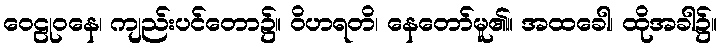
ဝေဠုဝနေ၊ ကျည်းပင်တော၌။ ဝိဟရတိ၊ နေတော်မူ၏။ အထခေါ၊ ထိုအခါ၌။